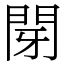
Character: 閕